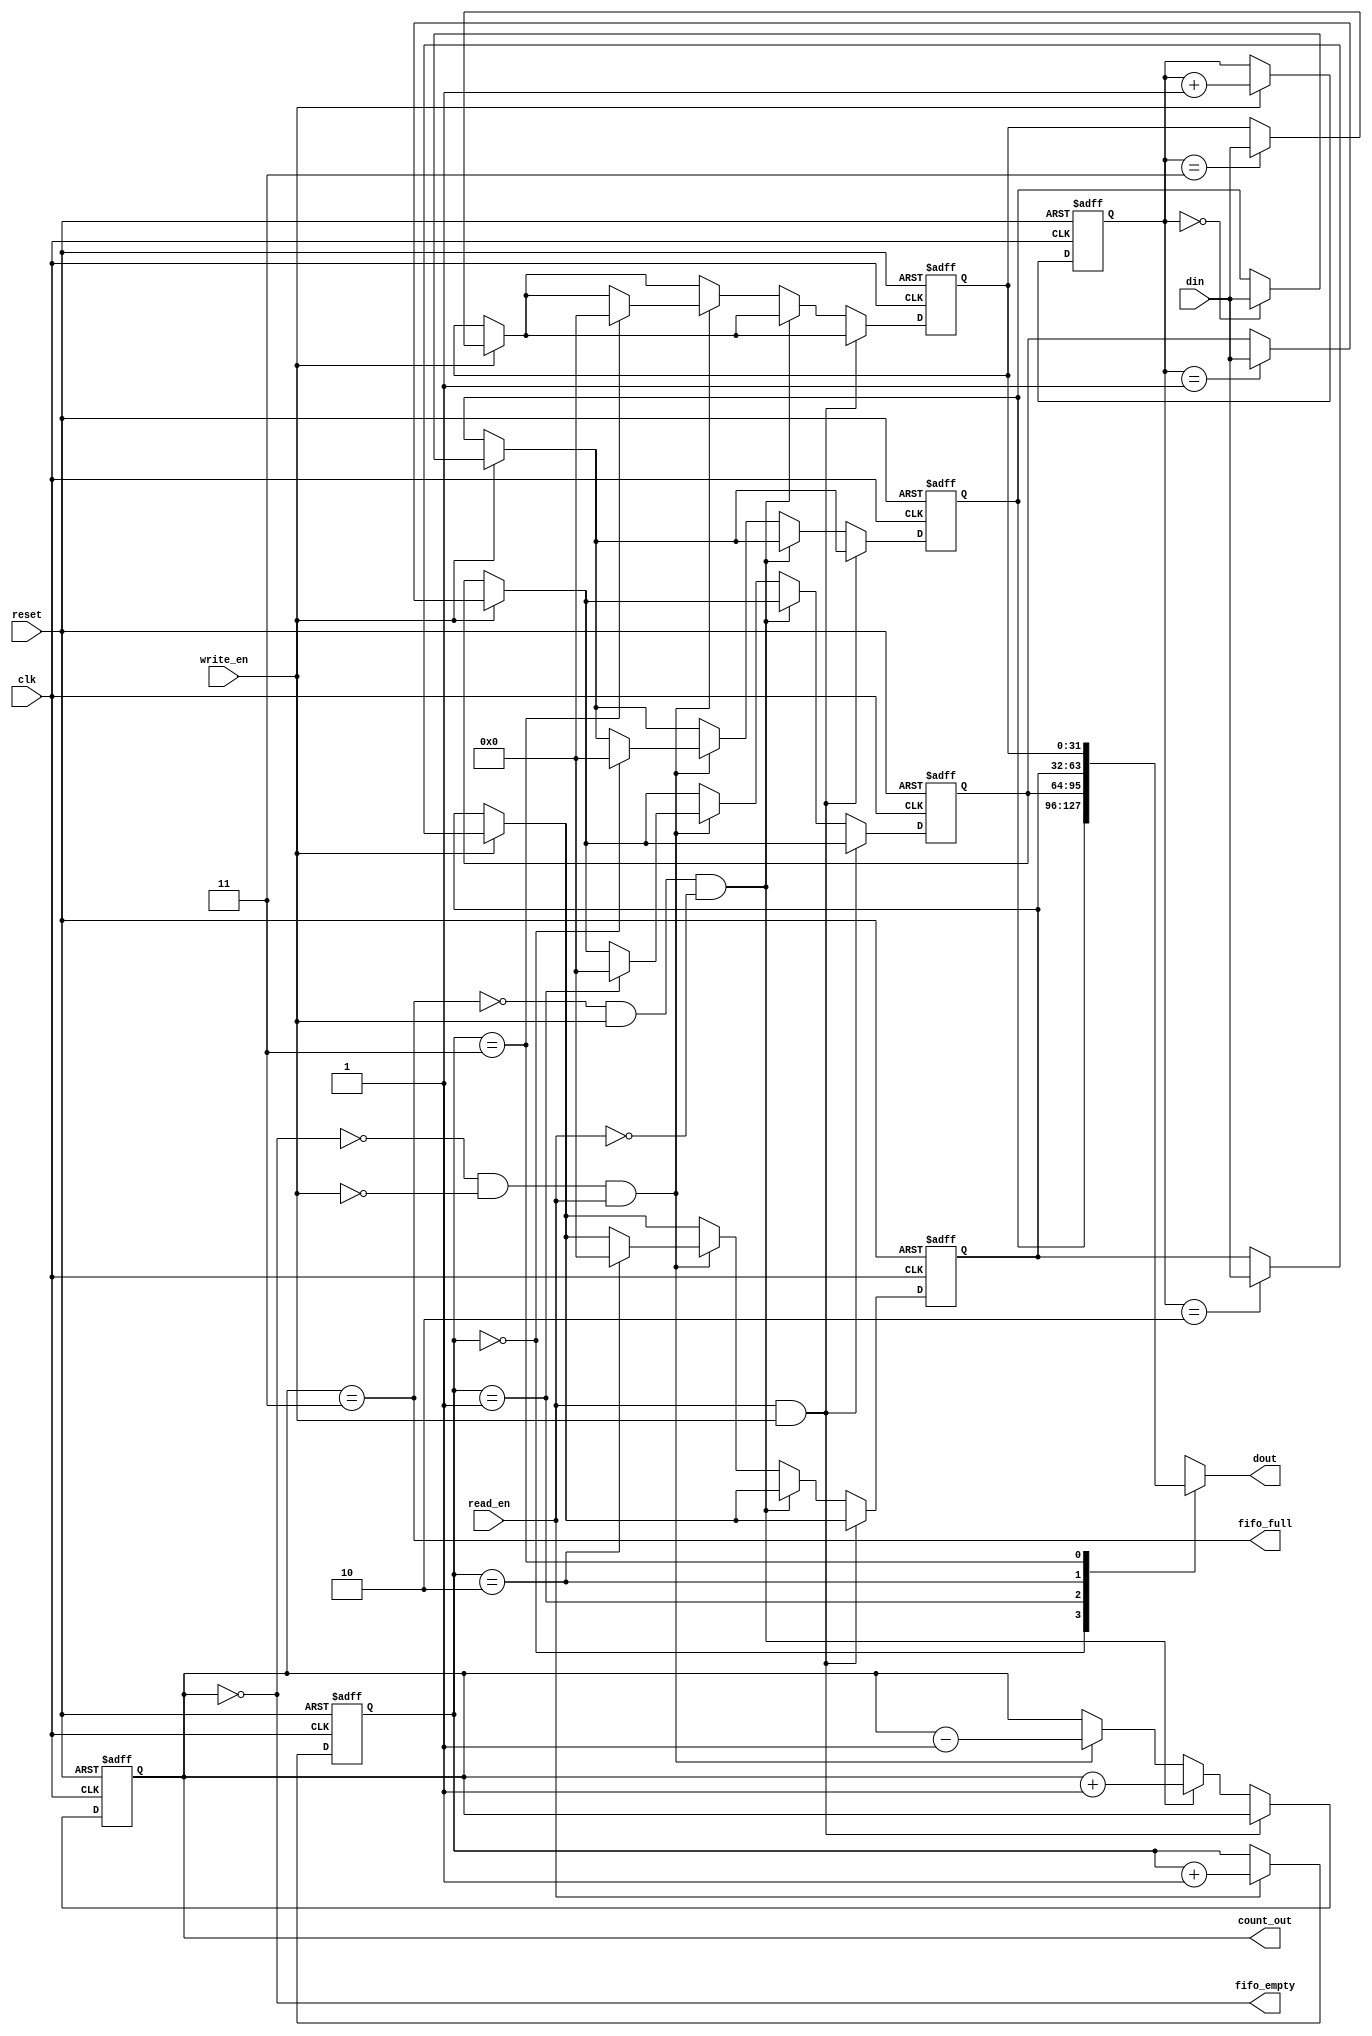
module sync_fifo 
	#(	parameter 	FIFO_WIDTH		= 32,
	 	parameter	FIFO_DEPTH		= 4
	)

	(
		input							reset,
		input							clk,
		input							read_en,
		input							write_en,
		input [FIFO_WIDTH-1:0]			din,

		output [FIFO_WIDTH-1:0]			dout,
		output  						fifo_full,
		output 							fifo_empty,
		output [$clog2(FIFO_DEPTH)-1:0]	count_out
		


	);

	/* Have the current amount of bytes output to control above */
	assign count_out = counter;

	/* Words in FIFO */
	reg [$clog2(FIFO_DEPTH)-1:0] counter;

	/* Actual FIFO */
	reg [FIFO_WIDTH-1:0] buffer[FIFO_DEPTH-1:0];

	/* Read and write pointers */
	reg [$clog2(FIFO_DEPTH)-1:0] readptr;
	reg [$clog2(FIFO_DEPTH)-1:0] writeptr;


	assign fifo_full 	= (counter == FIFO_DEPTH-1);
	assign fifo_empty 	= (counter == 0);

//	assign dout =  (!fifo_empty) ? buffer[readptr] : 0;
	assign dout =  buffer[readptr];

	/* Special for parameterized reset of buffer */
	integer i;


	always @( posedge clk or posedge reset ) begin

			if( reset ) begin
				for( i = 0; i < FIFO_DEPTH; i = i + 1) begin: fifo_buffer_reset
					buffer[i] <= 0;
				end

  				writeptr <= 0;
  				readptr <= 0;
			//	dout <= 0;
				counter <= 0;
			end
			else begin

				/* Write condition */
				if( write_en ) begin
					buffer[writeptr] <= din;
					writeptr <= writeptr + 1;
				end
	
				/* Read Condition */
				if ( read_en ) begin
			//		dout <= buffer[readptr];
					readptr <= readptr + 1;
				end
	
				/* Counter handling */
				if ( read_en && write_en ) begin
					/* If reading and writing, need to handle race condition
					* so it's easier to just not do any operation */
					counter <= counter;
				end
				else if( !fifo_full && write_en && !read_en ) begin
					/* Add to counter if not full, and not reading */
					counter <= counter + 1;
				end
				else if( !fifo_empty && !write_en && read_en ) begin
					/* Subtract value from counter if reading, and not writing */
					counter <= counter - 1;
					buffer[readptr] <= 0;
				end
			end

	end

	/* Formal Verification */
	`ifdef FORMAL
	reg past_available = 0;
	initial begin
		assume(reset);
	end
	always @(posedge clk) begin
		/* Assumption for input data */
		assume(din != 0);

		/* Assume that read and write doesn't happen at the same time as the
		* reset signal */
	   	if( reset == 1 ) begin
			assume( read_en == 0 );
			assume( write_en == 0 );
		end

		/* First clock, so past function becomes possible to use*/
		past_available <= 1;


		if( past_available && $past(reset) && !reset) begin
			assume( read_en == 0 );
			assume( write_en == 0 );

			_reset_readptr_:assert(readptr == 0);
			_reset_writetr_:assert(writeptr== 0);
			for( i = 0; i < FIFO_DEPTH; i = i + 1) begin
				assert(	buffer[i] == FIFO_WIDTH'b0);
			end
		end
		if( past_available && !$past(reset) ) begin
//			assume(!reset);&& !reset
			assume(din != $past(din));

			/* Assume that read and write doesn't immediately after the
			* reset signal */
		   	if( $past(reset) == 1 ) begin
				assume( read_en == 0 );
				assume( write_en == 0 );
			end

			/* Asserts */

			/* Check that write works */
			if( !write_en && $past(write_en) && !reset ) begin
				_writeen_:assert(buffer[$past(writeptr)] == $past(din) );
			end

			/* Check that read works */
//			if( !read_en && $past(read_en) && !$past(reset) ) begin
//				_readen_:assert(buffer[$past(readptr)]== $past(dout) );
//			end
			if( read_en ) begin
				_readen_:assert( buffer[readptr] == dout);
			end

			/* Check that pointers wrap around */
			_writeptr_:assert( writeptr < FIFO_DEPTH);
			_readptr_:assert( readptr  < FIFO_DEPTH);


			/* Check that counters function as intended */
		
			/* No change to counter */
			if( (!read_en && $past(read_en)) && !write_en && $past(write_en) && !reset )begin
				_rwcounter_:assert( counter == $past(counter) );
			end
			if( (!read_en && $past(read_en)) && !write_en && $past(!write_en) && $past(!fifo_empty) && !reset )begin
				_deccounter_:assert( counter == $past(counter - 1) );
			end
			if( (!read_en && $past(!read_en)) && !write_en && $past(write_en) && $past(!fifo_full) && !reset )begin
				_inccounter_:assert( counter == $past(counter + 1) );
			end



			/* Covers */

			
		end



	end
	`endif
		


endmodule